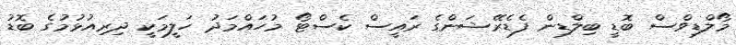
މޯލްޑިވްސް ބޮޑީ ބިލްޑިން ފެޑެރޭޝަންގެ ރައީސް ކެސްޓޯ މުހައްމަދު ހަލީމަކީ ދިރިއުޅުމުގެ ބޮޑު